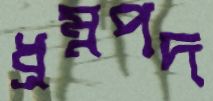
ধ্রম্নপদ